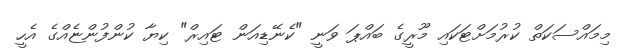
މިމައްސަކަތް ކުރުމަށްޓަކައި މޫރީގެ ބައްޕަ ވަނީ "ކެނޭޑިއަން ޓައިރް" ކިޔާ ކުންފުންޏެއްގެ އެހީ